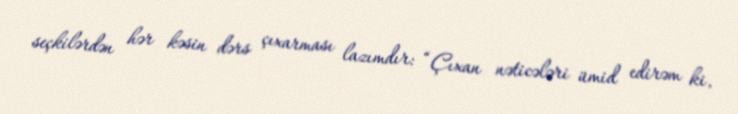
seçkilərdən hər kəsin dərs çıxarması lazımdır: “Çıxan nəticələri ümid edirəm ki,